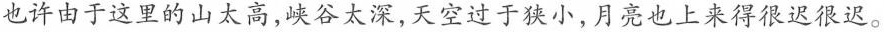
也许由于这里的山太高,峡谷太深,天空过于狭小,月亮也上来得很迟很迟。